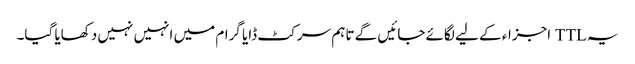
یہ TTL اجزاء کے لیے لگائے جائیں گے تاہم سرکٹ ڈایا گرام میں انہیں نہیں دکھایا گیا۔